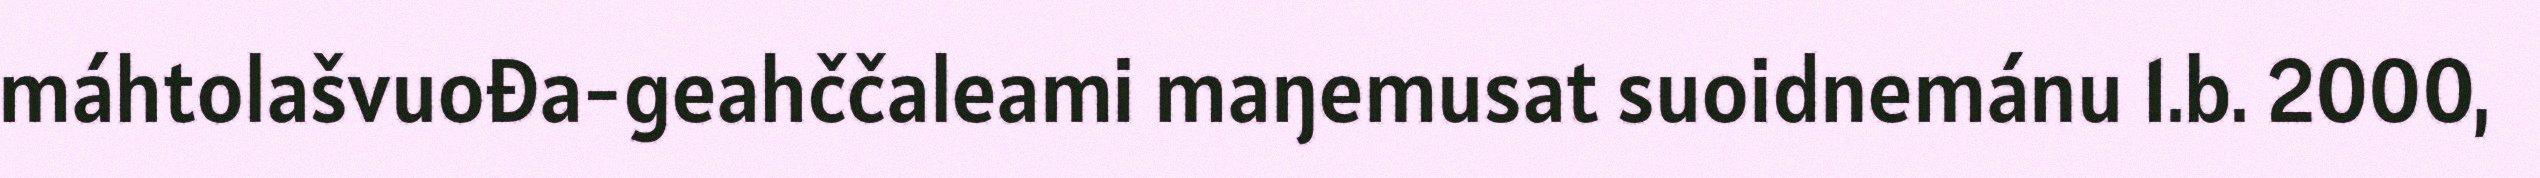
máhtolašvuođa-geahččaleami maŋemusat suoidnemánu 1.b. 2000,